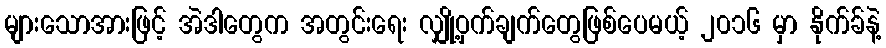
များသောအားဖြင့် အဲဒါတွေက အတွင်းရေး လျှို့ဝှက်ချက်တွေဖြစ်ပေမယ့် ၂၀၁၆ မှာ နိုက်ခ်နဲ့